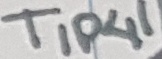
Text: TIP41